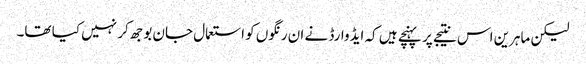
لیکن ماہرین اس نتیجے پر پہنچے ہیں کہ ایڈوارڈ نے ان رنگوں کو استعمال جان بوجھ کر نہیں کیا تھا۔